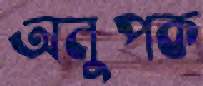
অনুপক